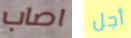
اصاب أجل